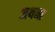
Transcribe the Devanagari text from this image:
जयना